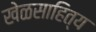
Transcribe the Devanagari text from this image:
खेळसाहित्य